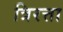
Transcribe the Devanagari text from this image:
त्रिरत्ता